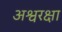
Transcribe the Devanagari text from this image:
अश्वरक्षा